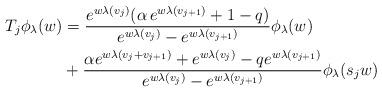
LaTeX: \begin{align*}T_{j}\phi_{\lambda}(w)&=\frac{e^{w\lambda(v_{j})}(\alpha\, e^{w\lambda(v_{j+1})}+1-q)}{e^{w\lambda(v_{j})}-e^{w\lambda(v_{j+1})}}\phi_{\lambda}(w) \\ &+\frac{\alpha e^{w\lambda(v_{j}+v_{j+1})}+e^{w\lambda(v_{j})}-qe^{w\lambda(v_{j+1})}}{e^{w\lambda(v_{j})}-e^{w\lambda(v_{j+1})}}\phi_{\lambda}(s_{j}w) \end{align*}